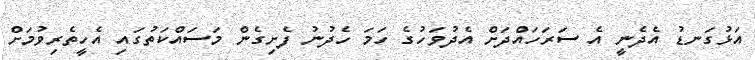
އަޅުގަނޑު އެދެނީ އެ ސަރަހައްދަށް އެދުވަހުގެ ހަމަ ހެދުނު ފެށިގެން މަސައްކަތުގައި އެހީތެރިވުމަށް